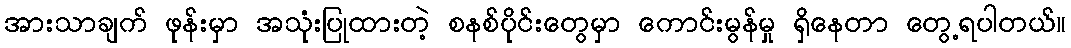
အားသာချက် ဖုန်းမှာ အသုံးပြုထားတဲ့ စနစ်ပိုင်းတွေမှာ ကောင်းမွန်မှု ရှိနေတာ တွေ့ရပါတယ်။